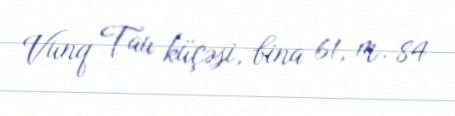
Vunq Tau küçəsi, bina 61, m. 84